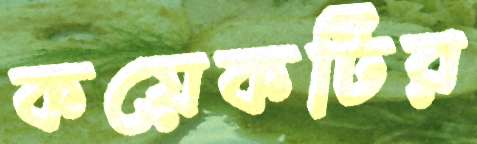
কয়েকটির